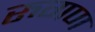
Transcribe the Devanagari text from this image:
रुगण